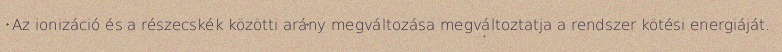
Az ionizáció és a részecskék közötti arány megváltozása megváltoztatja a rendszer kötési energiáját.